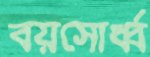
বয়সোর্ধ্ব